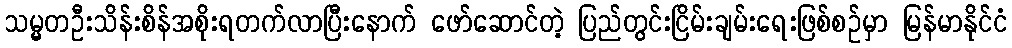
သမ္မတဦးသိန်းစိန်အစိုးရတက်လာပြီးနောက် ဖော်ဆောင်တဲ့ ပြည်တွင်းငြိမ်းချမ်းရေးဖြစ်စဉ်မှာ မြန်မာနိုင်ငံ